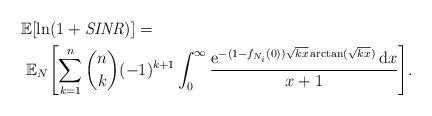
LaTeX: \begin{align*} &\mathbb{E}[\ln(1+\mathit{SINR})] = \\ &\ \mathbb{E}_N{\left[ \sum_{k=1}^{n} \binom{n}{k} (-1)^{k+1} \int_0^\infty \frac{ \mathrm{e}^{- (1-f_{N_i}(0)) \sqrt{kx} \arctan(\sqrt{kx}) } \,\mathrm{d}x }{x+1} \right]}.\end{align*}